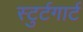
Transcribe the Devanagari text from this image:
स्टुर्टगार्ट